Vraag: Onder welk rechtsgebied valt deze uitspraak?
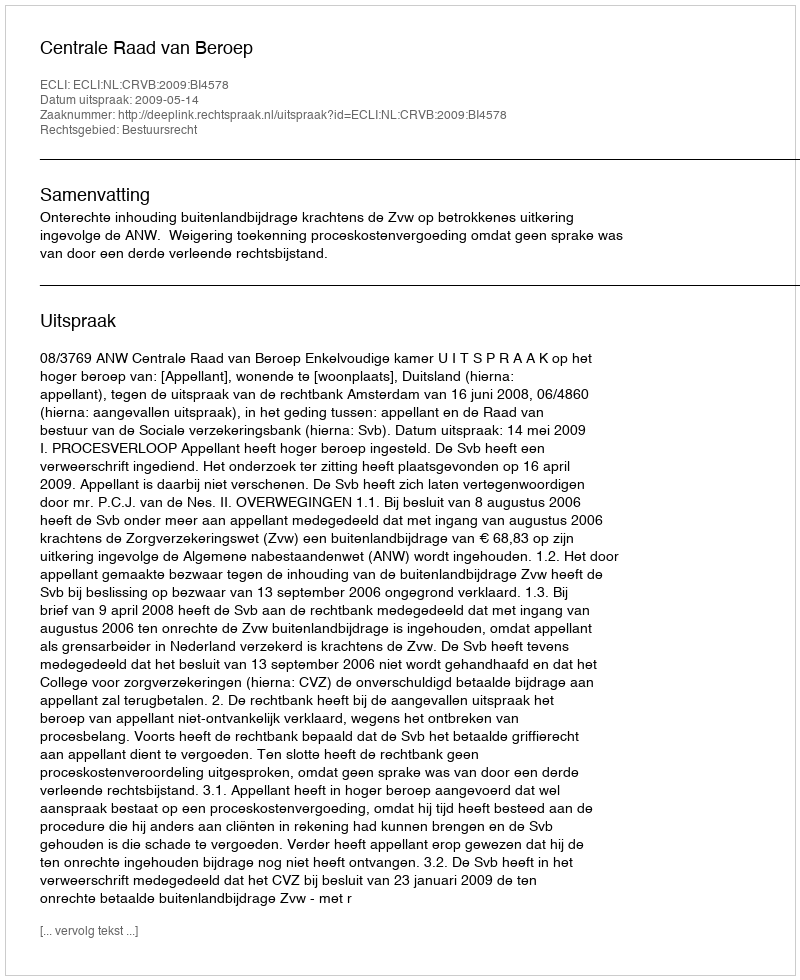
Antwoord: Bestuursrecht